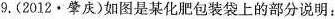
9.(2012·肇庆)如图是某化肥包装袋上的部分说明：